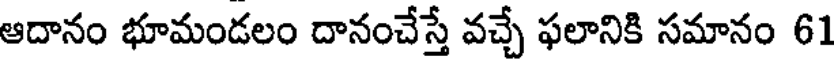
ఆదానం భూమండలం దానంచేస్తే వచ్చే ఫలానికి సమానం 61